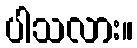
ပါသလား။